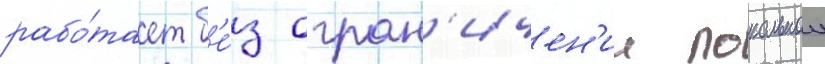
рабо́тает б'е́з огран'ичен'ии локальнои